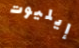
إيليوت